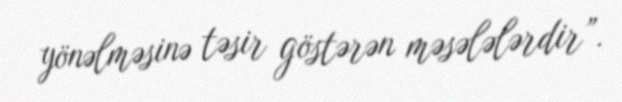
yönəlməsinə təsir göstərən məsələlərdir”.